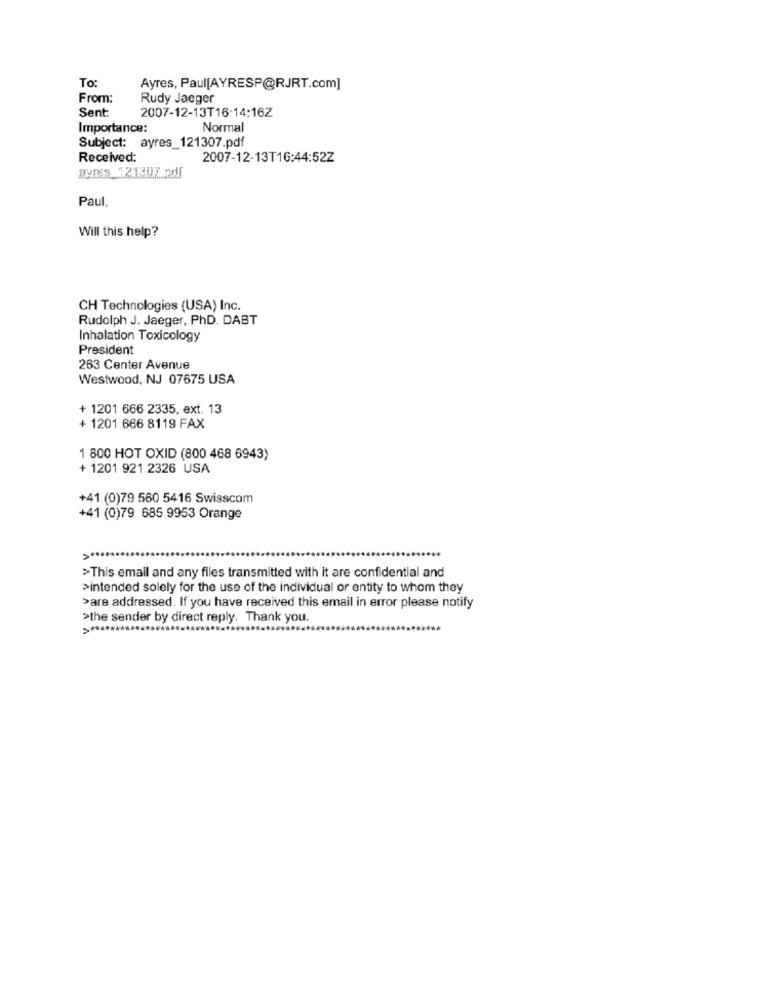
To:
Ayres, Paul[AYRESP@RJRT.com]
From:
Rudy Jaeger
2007-12-13T16:14:16Z
Sent
Importance:
Normal
Subject: ayres_121307.pdf
Received:
2007-12-13T16:44:52Z
Paul
Will this help?
CH Technologies (USA) Inc.
Rudolph J. Jaeger, PhD. DABT
Inhalation Toxicology
President
263 Center Avenue
Westwood, NJ 07675 USA
+ 1201 666 2335, ext. 13
+ 1201 666 8119 FAX
1 800 HOT OXID (800 468 6943)
+ 1201 921 2326 USA
+41 (0)79 560 5416 Swisscom
+41 (0)79 685 9953 Orange
>This email and any files transmitted with it are confidential and
>intended solely for the use of the individual or entity to whom they
>are addressed. If you have received this email in error please notify
>the sender by direct reply. Thank you.